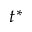
t ^ { * }